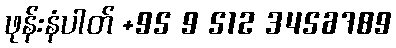
ဖုန်းနံပါတ် +95 9 512 3456789